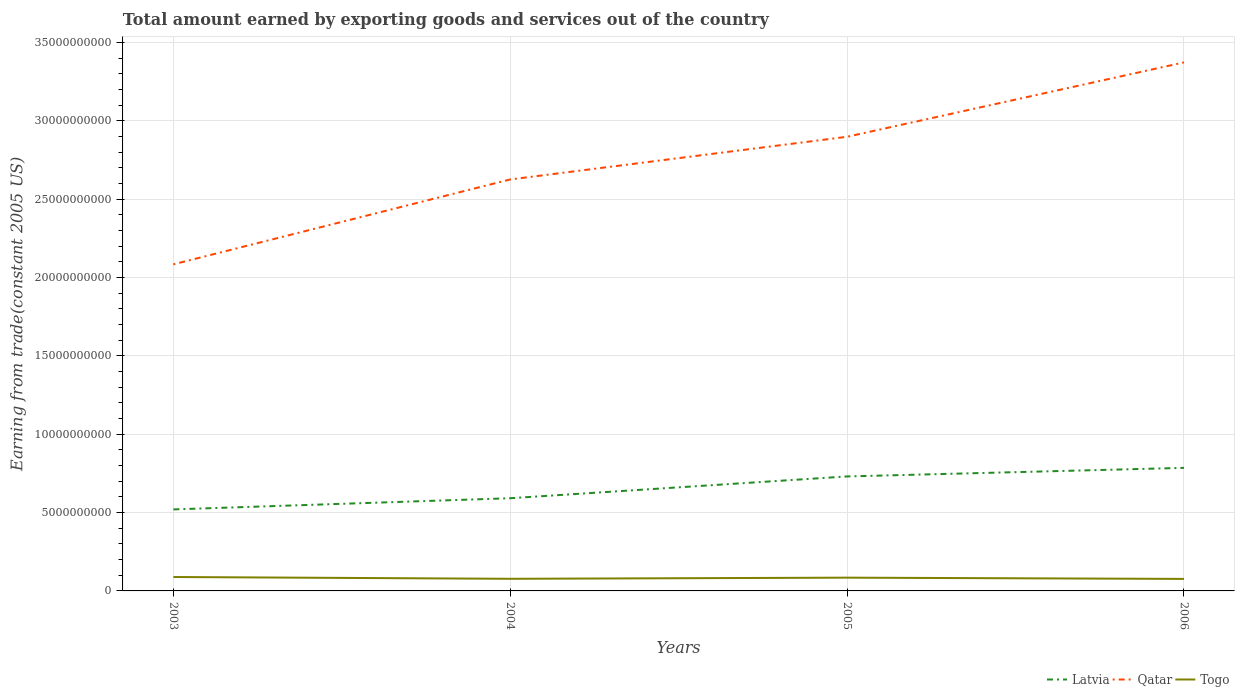
| Years | Latvia | Qatar | Togo |
 | --- | --- | --- | --- |
 | 2003 | 5.2e+09 | 2.08e+10 | 8.88e+08 |
 | 2004 | 5.92e+09 | 2.63e+10 | 7.74e+08 |
 | 2005 | 7.31e+09 | 2.9e+10 | 8.47e+08 |
 | 2006 | 7.85e+09 | 3.37e+10 | 7.66e+08 |